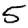
Digit: 5